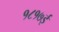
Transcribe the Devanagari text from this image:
१८१७ई